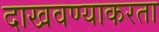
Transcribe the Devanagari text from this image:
दाखवण्याकरता